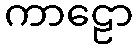
ကာဠော